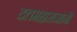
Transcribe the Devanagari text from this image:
दत्तमहाराजांनी